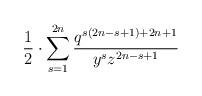
LaTeX: \begin{align*}\frac{1}{2} \cdot \sum_{s=1}^{2n}\frac{q^{s(2n-s+1)+2n+1}}{y^{s}z^{2n-s+1}}\end{align*}